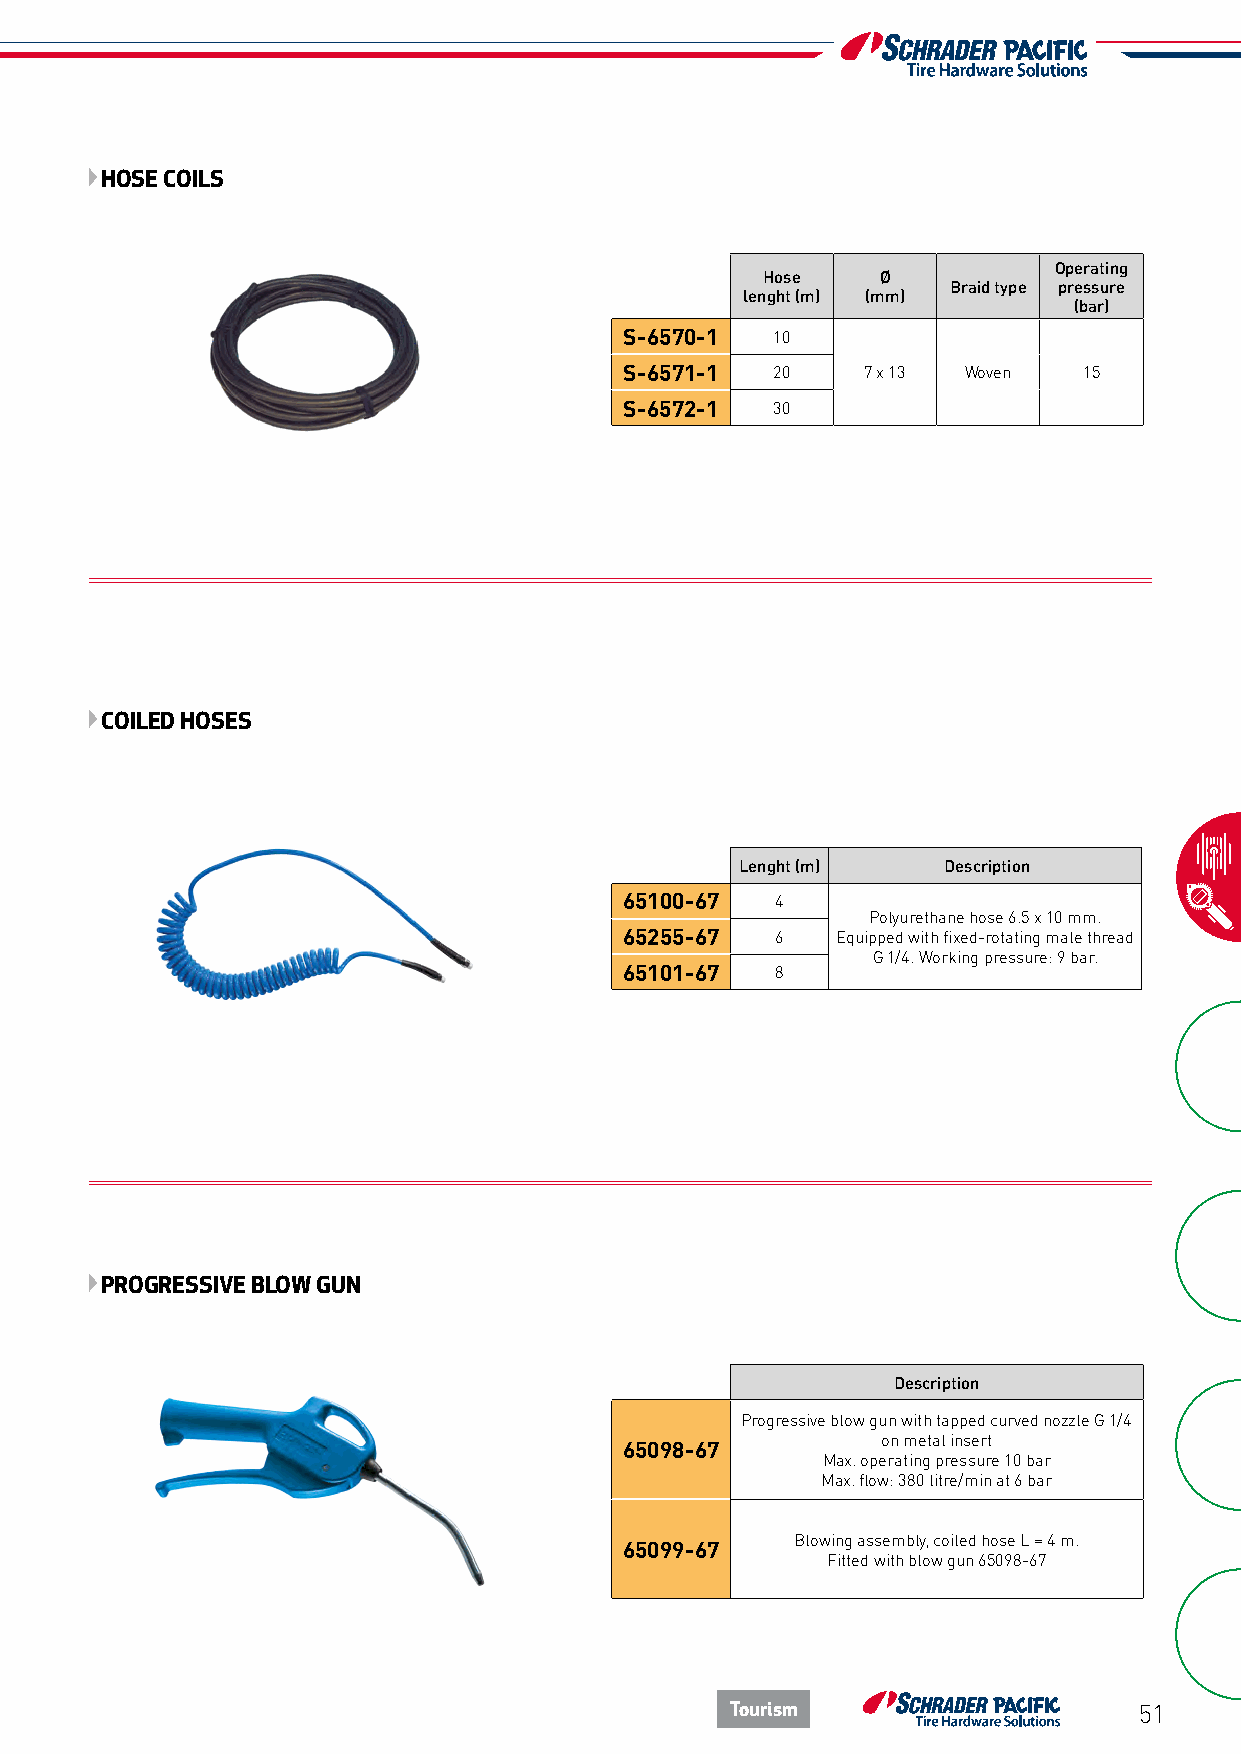
HOSE COILS
 Operating
 Hose    Ø
 Braid type pressure
 lenght (m) (mm)
 (bar)
 S-6570-1  10
 S-6571-1  20    7 x 13 Woven   15
 S-6572-1  30
 COILED HOSES
 Lenght (m)   Description
 65100-67  4
 Polyurethane hose 6.5 x 10 mm.
 65255-67  6   Equipped with fixed-rotating male thread
 G 1/4. Working pressure: 9 bar.
 65101-67  8
 PROGRESSIVE BLOW GUN
 Description
 Progressive blow gun with tapped curved nozzle G 1/4
 on metal insert
 65098-67
 Max. operating pressure 10 bar
 Max. flow: 380 litre/min at 6 bar
 Blowing assembly, coiled hose L = 4 m.
 65099-67
 Fitted with blow gun 65098-67
 Tourism                    51